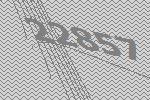
22857